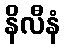
နိလီနံ